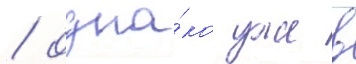
/ одна́ко уже в